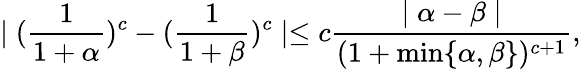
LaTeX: \mid(\frac{1}{1+\alpha})^{c}-(\frac{1}{1+\beta})^{c}\mid\leq c\frac{\mid\alpha-\beta\mid}{(1+\operatorname*{min}\{ \alpha,\beta\} )^{c+1}},